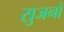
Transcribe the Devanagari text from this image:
सुजनों